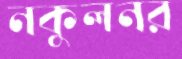
নকুলনর